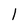
Character: 1